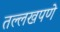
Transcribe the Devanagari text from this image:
तल्लखपणे